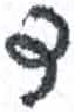
אות: ד